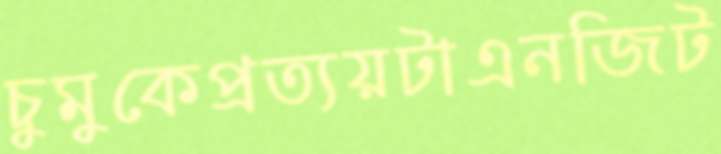
চুমুকেপ্রত্যয়টাএনজিট